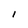
Character: l